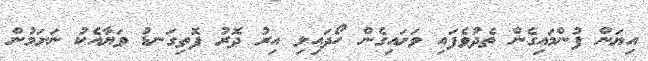
އިޔަން ފުންމައިގެން ތެދުވެފައި ވަށައިގެން ހޯދައިލި އިރު ދޮރު ފޮތިގަނޑު ވަޔާއެކު ނަށަމުން